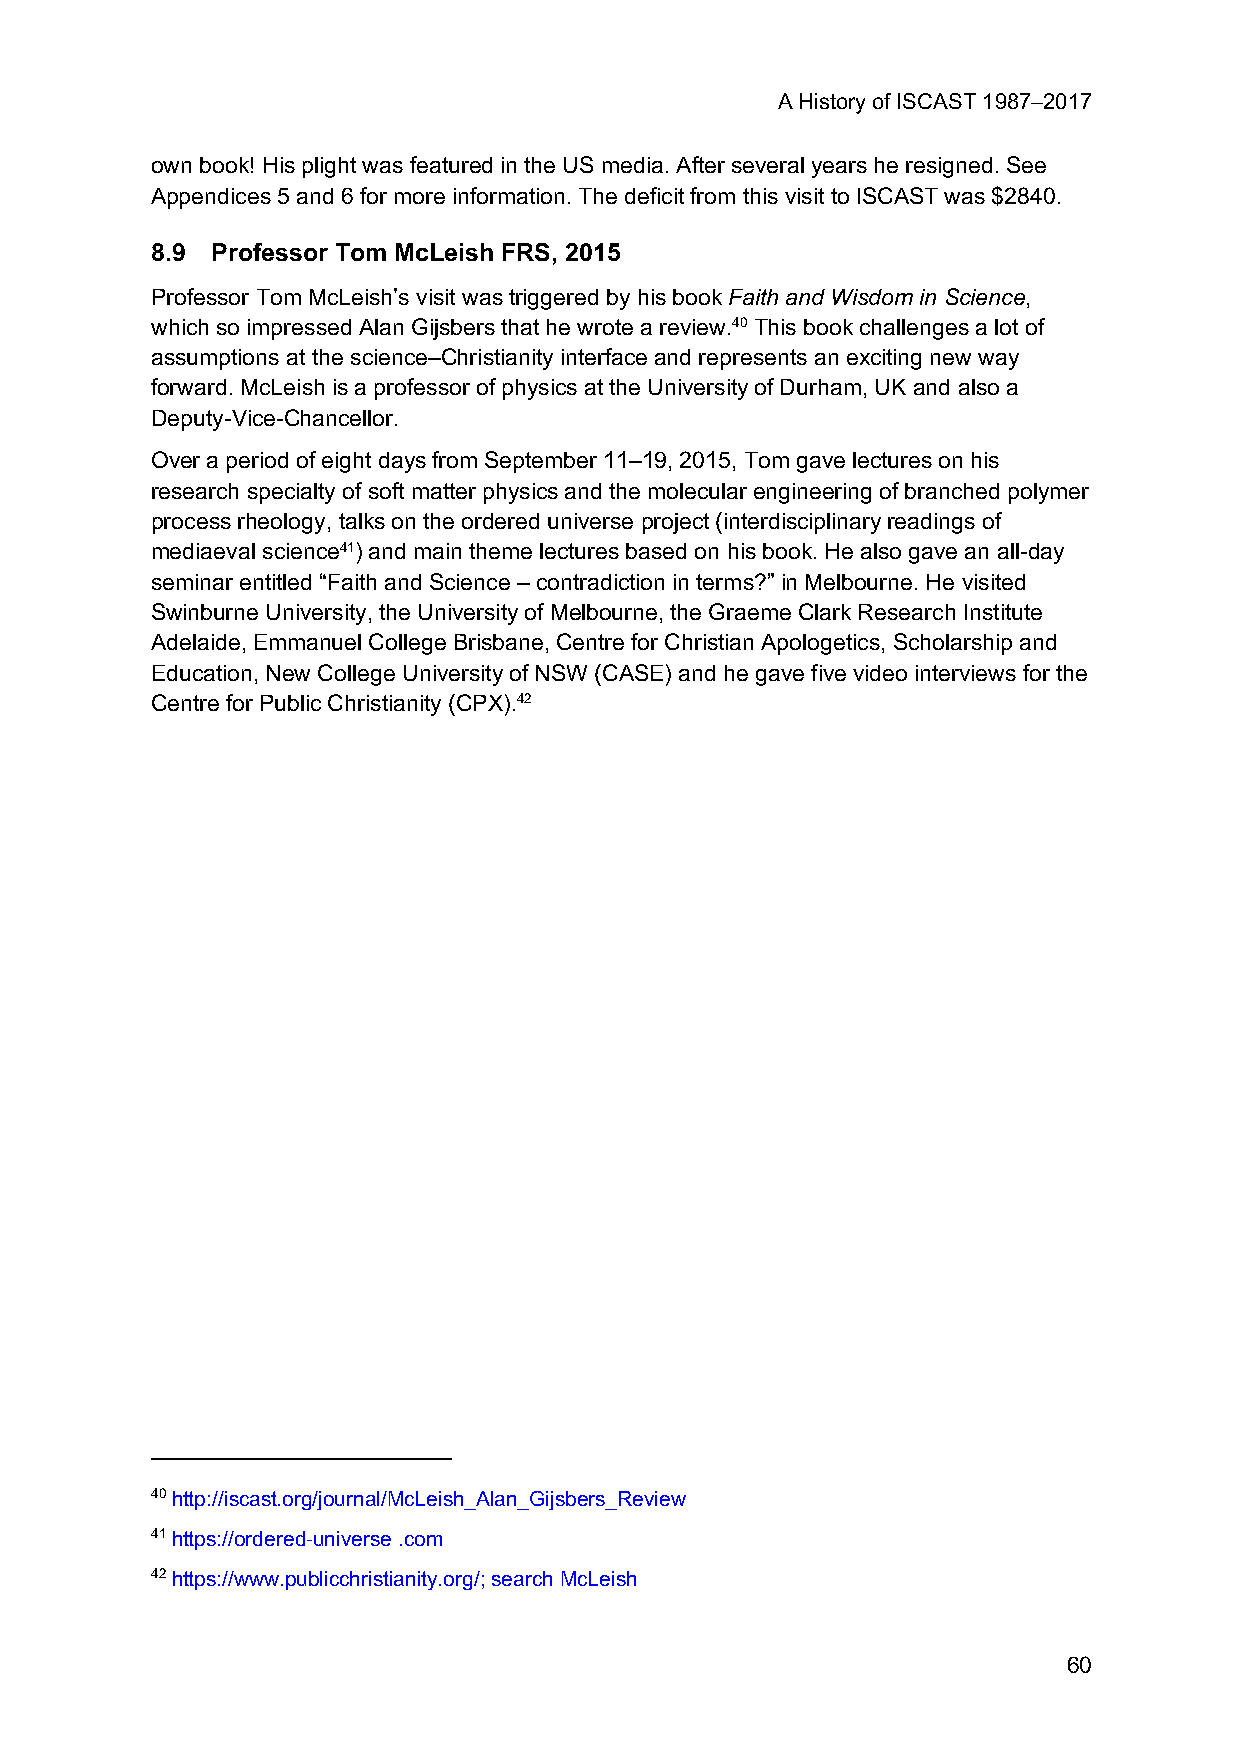
A History of ISCAST 1987–2017
 own book! His plight was featured in the US media. After several years he resigned. See
 Appendices 5 and 6 for more information. The deficit from this visit to ISCAST was $2840.
 8.9 Professor Tom McLeish FRS, 2015
 Professor Tom McLeish’s visit was triggered by his book Faith and Wisdom in Science,
 which so impressed Alan Gijsbers that he wrote a review.40 This book challenges a lot of
 assumptions at the science–Christianity interface and represents an exciting new way
 forward. McLeish is a professor of physics at the University of Durham, UK and also a
 Deputy-Vice-Chancellor.
 Over a period of eight days from September 11–19, 2015, Tom gave lectures on his
 research specialty of soft matter physics and the molecular engineering of branched polymer
 process rheology, talks on the ordered universe project (interdisciplinary readings of
 mediaeval science41) and main theme lectures based on his book. He also gave an all-day
 seminar entitled “Faith and Science – contradiction in terms?” in Melbourne. He visited
 Swinburne University, the University of Melbourne, the Graeme Clark Research Institute
 Adelaide, Emmanuel College Brisbane, Centre for Christian Apologetics, Scholarship and
 Education, New College University of NSW (CASE) and he gave five video interviews for the
 Centre for Public Christianity (CPX).42
 40 http://iscast.org/journal/McLeish_Alan_Gijsbers_Review
 41 https://ordered-universe .com
 42 https://www.publicchristianity.org/; search McLeish
 60